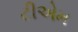
ટીએમ